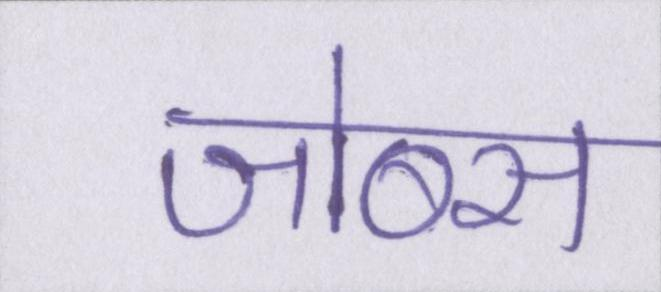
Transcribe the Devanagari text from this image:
जोब्स